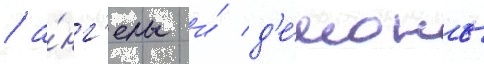
/ а́нг'елы и́ д'е́моны